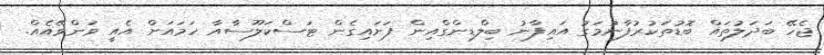
ޖެހޭ ބަދަލުތައް ބޮޑުތަކުރުފާނުމަގު އައިފާނު ބިލްޑިންގްއިން ފަށައިގެން ޓަސްކަލޫސާއާ ހަމައަށް އެއީ ވަންވޭއެއް.